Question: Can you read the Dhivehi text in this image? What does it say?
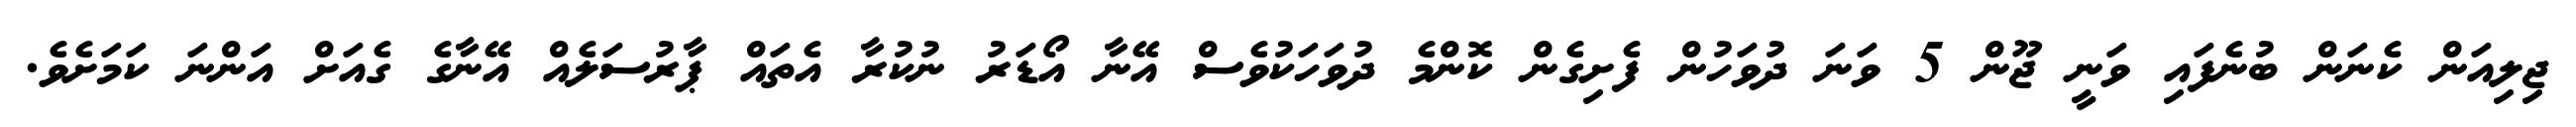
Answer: ޖިލިއަން ކެނަން ބުނެފައި ވަނީ ޖޫން 5 ވަނަ ދުވަހުން ފެށިގެން ކޮންމެ ދުވަހަކުވެސް އޭނާ އޯޑަރު ނުކުރާ އެތައް ޕާރުސަލެއް އޭނާގެ ގެއަށް އަންނަ ކަމަށެވެ.